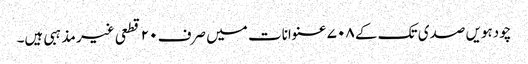
چودہویں صدی تک کے ۷۰۸ عنوانات میں صرف ۲۰ قطعی غیر مذہبی ہیں۔